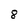
Character: 8